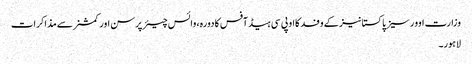
وزارت اوورسیزپاکستانیز کے وفد کااو پی سی ہیڈ آفس کادورہ، وائس چیئرپرسن اور کمشنر سے مذاکرات
لاہور۔